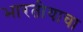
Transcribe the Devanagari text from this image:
भारतीयाचा